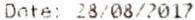
DATE: 28/08/2017